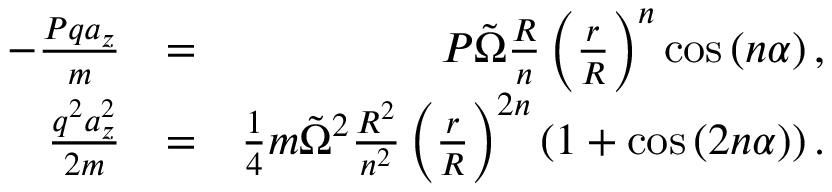
\begin{array} { r l r } { - \frac { P q a _ { z } } { m } } & { = } & { P \tilde { \Omega } \frac { R } { n } \left( \frac { r } { R } \right) ^ { n } \cos \left( n \alpha \right) , } \\ { \frac { q ^ { 2 } a _ { z } ^ { 2 } } { 2 m } } & { = } & { \frac { 1 } { 4 } m \tilde { \Omega } ^ { 2 } \frac { R ^ { 2 } } { n ^ { 2 } } \left( \frac { r } { R } \right) ^ { 2 n } \left( 1 + \cos \left( 2 n \alpha \right) \right) . } \end{array}